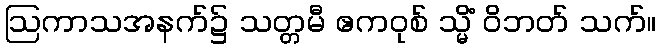
ဩကာသအနက်၌ သတ္တမီ ဧကဝုစ် သ္မိံ ဝိဘတ် သက်။